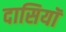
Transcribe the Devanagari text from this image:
दासियॉ